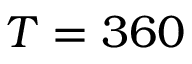
T = 3 6 0